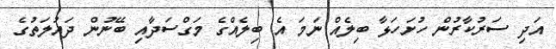
އަދި ސަރުކާރުން ހުށަހަޅާ ބިލެއް ނަމަ އެ ބިލެއްގެ މަގްސަދާއި ބޭނުން ދައުލަތުގެ